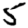
Digit: 5